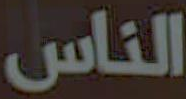
الناس